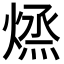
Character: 𭵱